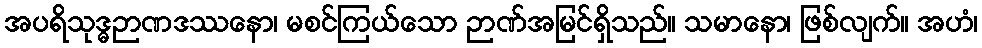
အပရိသုဒ္ဓဉာဏဒဿနော၊ မစင်ကြယ်သော ဉာဏ်အမြင်ရှိသည်။ သမာနော၊ ဖြစ်လျက်။ အဟံ၊